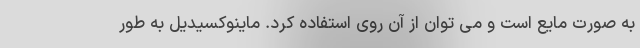
به صورت مایع است و می توان از آن روی استفاده کرد. ماینوکسیدیل به طور